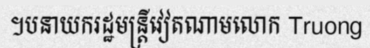
។បនាយករដ្ឋមន្ត្រីវៀតណាមលោក Truong